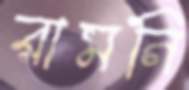
রামনি